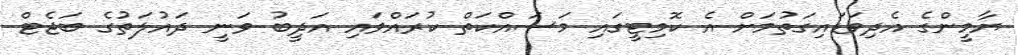
ޔާމީންގެ އެދިވަޑައިގަތުމަށް އެ ކޮމިޓީގައި މަސައްކަތް ކުރައްވައި އަދީބު ވަނީ ދައުލަތުގެ ބަޖެޓް